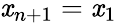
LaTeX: \mathit{x}_{n+1}=\mathit{x}_{1}